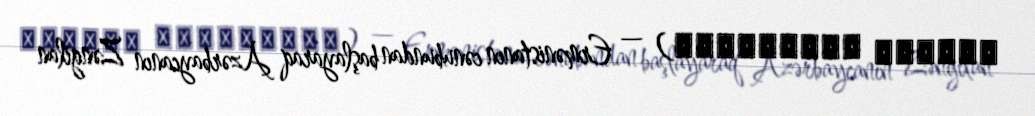
Մեղրու լեռնաշղթա) — Ermənistanın cənubundan başlayaraq Azərbaycanın Zəngilan